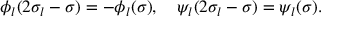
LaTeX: \phi _ { l } ( 2 \sigma _ { l } - \sigma ) = - \phi _ { l } ( \sigma ) , \quad \psi _ { l } ( 2 \sigma _ { l } - \sigma ) = \psi _ { l } ( \sigma ) .